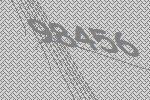
98456